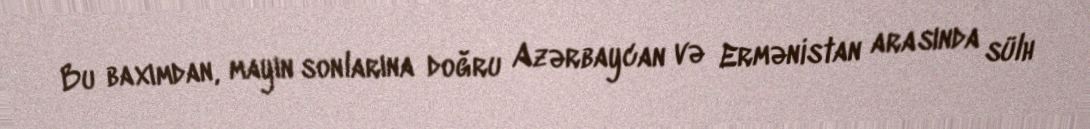
Bu baxımdan, mayın sonlarına doğru Azərbaycan və Ermənistan arasında sülh